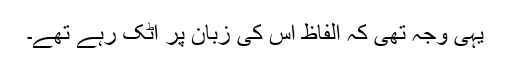
یہی وجہ تھی کہ الفاظ اس کی زبان پر اٹک رہے تھے۔